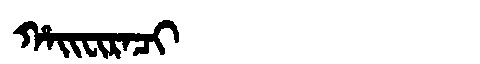
Manchu: ᡥᠠᡳᠸᡳᡵᠠᠴᡳ
Romanization: HAIFIRACI